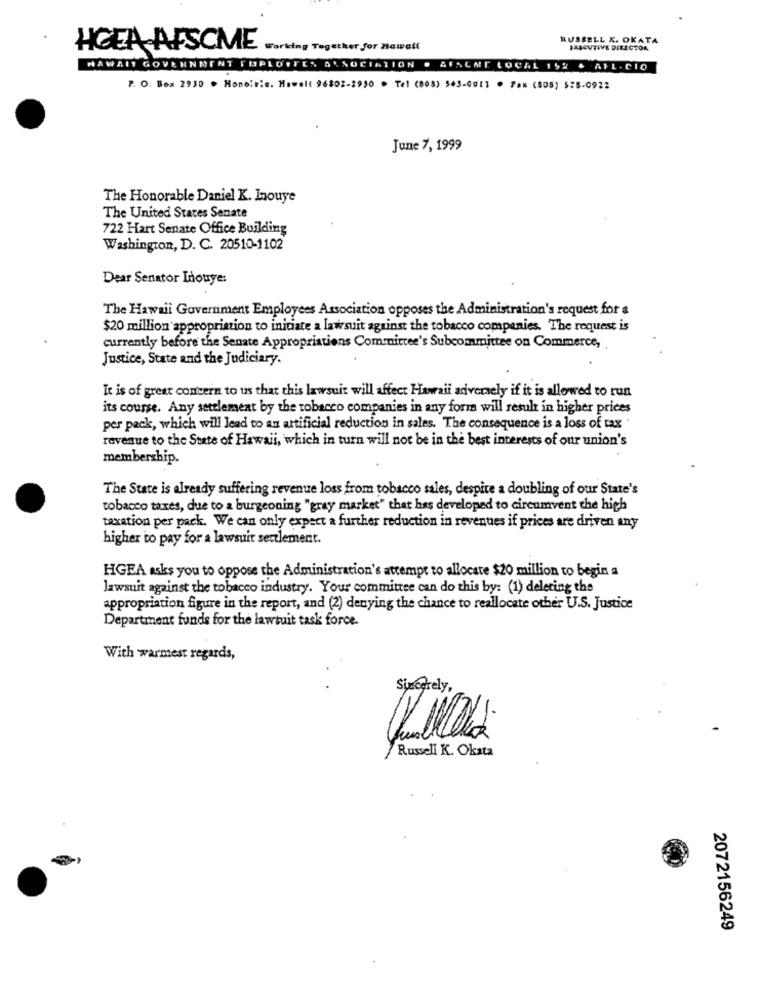
RUSSELL K. OKATA
HICEA AFSCME
Working Together for nawalt
SASSUTIVE DIRECTOR
HAWAII GOVERNMENT FM
PLOTTEN ALSOCIATION
AFALNE LOCAL 152 & AFL- CIO
7. O. Box 2930 . Honoleis. Howell 96802-2930 . Tel (808) 543-0011 · Fax (505) 525-0922
June 7, 1999
The Honorable Daniel K. Inouye
The United States Senate
722 Hart Senate Office Building
Washington, D. C. 20510-1102
Dear Senator Inouye:
The Hawaii Government Employees Association opposes the Administration's request for a
$20 million appropriation to initiate a lawsuit against the tobacco companies. The request is
currently before the Senate Appropriations Committee's Subcommittee on Commerce,
Justice, State and the Judiciary.
It is of great concern to us that this lawsuit will affect Hawaii adversely if it is allowed to run
its course. Any settlement by the tobacco companies in any form will result in higher prices
per pack, which will lead to an artificial reduction in sales. The consequence is a loss of tax "
revenue to the State of Hawaii, which in turn will not be in the best interests of our union's
membership.
The State is already suffering revenue loss from tobacco sales, despite a doubling of our State's
tobacco taxes, due to a burgeoning "gray market" that has developed to circumvent the high
taxation per pack. We can only expect a further reduction in revenues if prices are driven any
higher to pay for a lawsuit settlement.
HGEA asks you to oppose the Administration's attempt to allocate $20 million to begin a
lawsuit against the tobacco industry. Your committee can do this by: (1) deleting the
appropriation figure in the report, and (2) denying the chance to reallocate other U.S. Justice
Department funds for the lawsuit task force.
With warmest regards,
Sincerely,
Russell K. Okata
2072156249